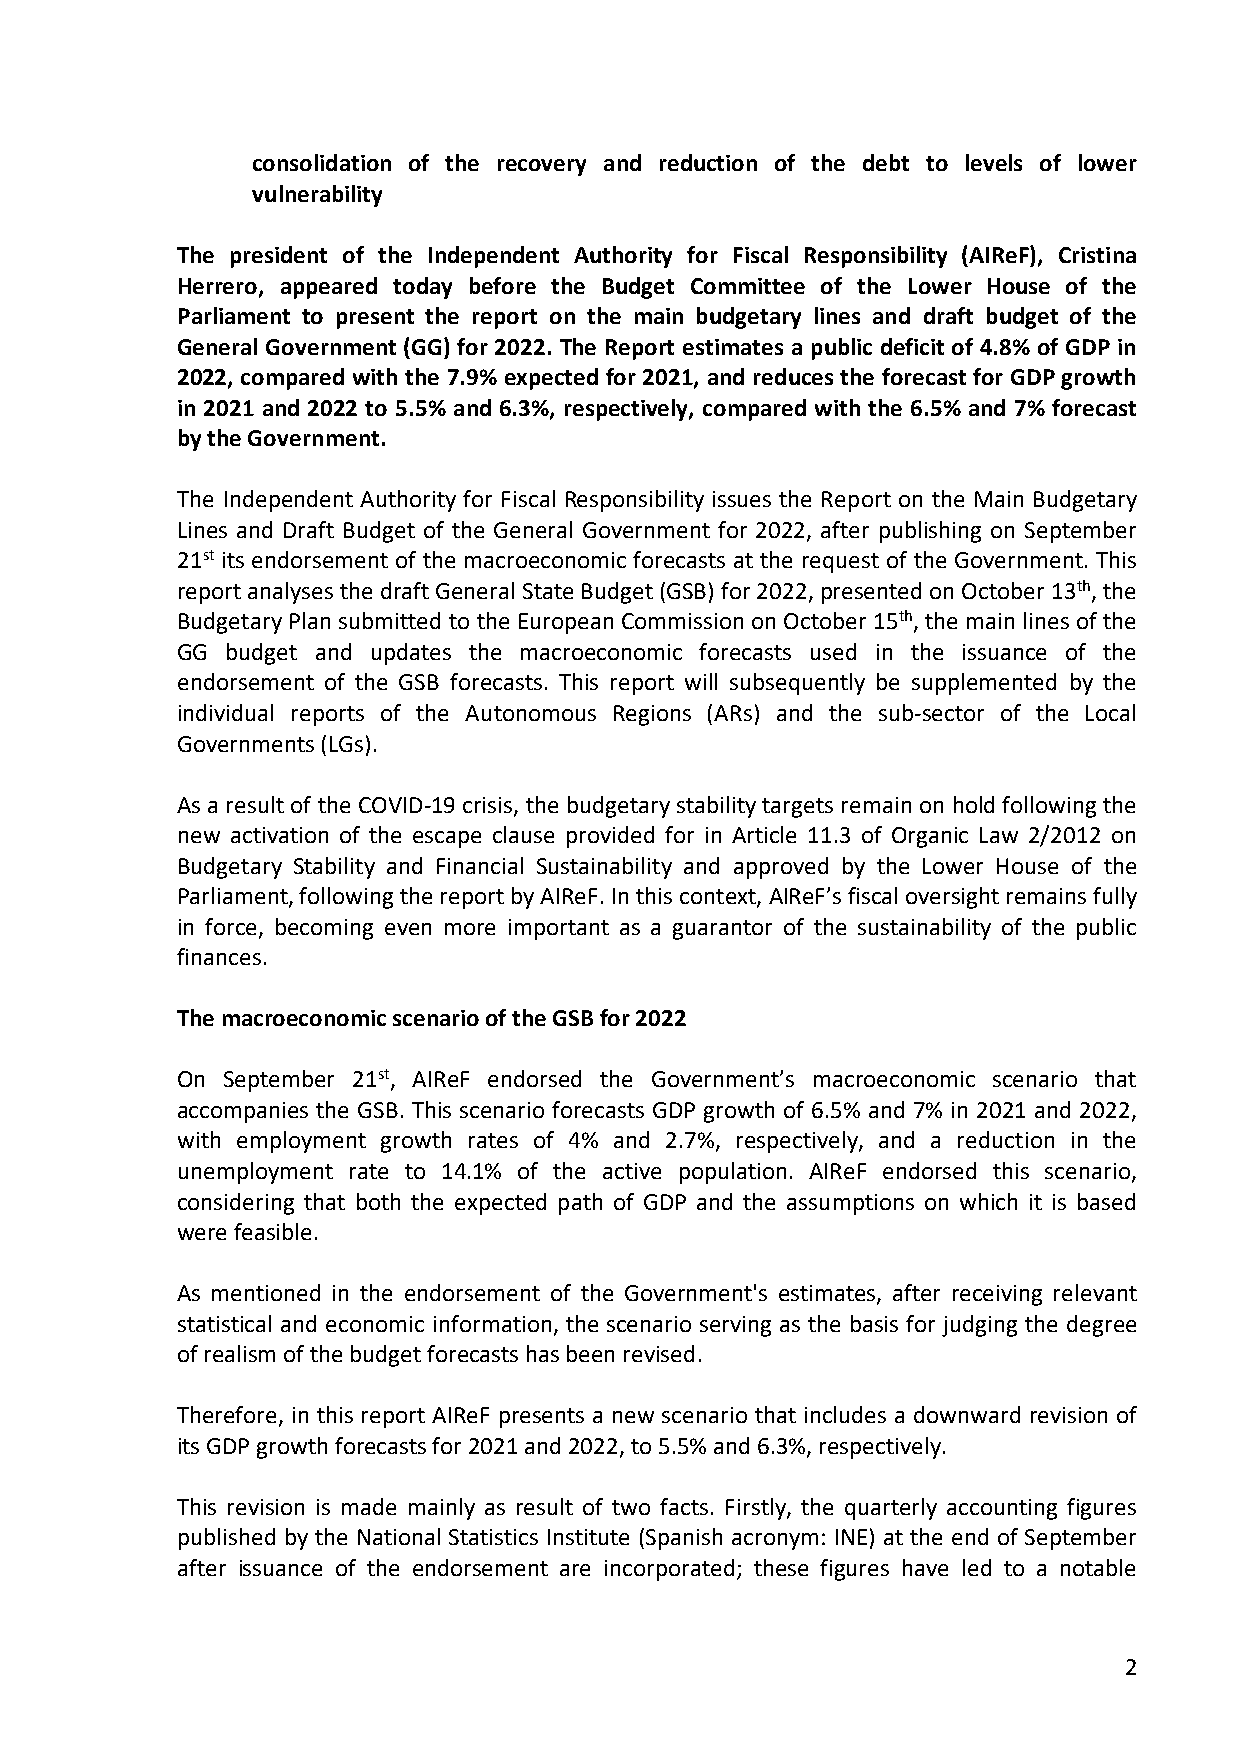
consolidation of the recovery and reduction of the debt to levels of lower
 vulnerability
 The president of the Independent Authority for Fiscal Responsibility (AIReF), Cristina
 Herrero, appeared today before the Budget Committee of the Lower House of the
 Parliament to present the report on the main budgetary lines and draft budget of the
 General Government (GG) for 2022. The Report estimates a public deficit of 4.8% of GDP in
 2022, compared with the 7.9% expected for 2021, and reduces the forecast for GDP growth
 in 2021 and 2022 to 5.5% and 6.3%, respectively, compared with the 6.5% and 7% forecast
 by the Government.
 The Independent Authority for Fiscal Responsibility issues the Report on the Main Budgetary
 Lines and Draft Budget of the General Government for 2022, after publishing on September
 21st its endorsement of the macroeconomic forecasts at the request of the Government. This
 report analyses the draft General State Budget (GSB) for 2022, presented on October 13th, the
 Budgetary Plan submitted to the European Commission on October 15th, the main lines of the
 GG budget and updates the macroeconomic forecasts used in the issuance of the
 endorsement of the GSB forecasts. This report will subsequently be supplemented by the
 individual reports of the Autonomous Regions (ARs) and the sub-sector of the Local
 Governments (LGs).
 As a result of the COVID-19 crisis, the budgetary stability targets remain on hold following the
 new activation of the escape clause provided for in Article 11.3 of Organic Law 2/2012 on
 Budgetary Stability and Financial Sustainability and approved by the Lower House of the
 Parliament, following the report by AIReF. In this context, AIReF’s fiscal oversight remains fully
 in force, becoming even more important as a guarantor of the sustainability of the public
 finances.
 The macroeconomic scenario of the GSB for 2022
 On September 21st, AIReF endorsed the Government’s macroeconomic scenario that
 accompanies the GSB. This scenario forecasts GDP growth of 6.5% and 7% in 2021 and 2022,
 with employment growth rates of 4% and 2.7%, respectively, and a reduction in the
 unemployment rate to 14.1% of the active population. AIReF endorsed this scenario,
 considering that both the expected path of GDP and the assumptions on which it is based
 were feasible.
 As mentioned in the endorsement of the Government's estimates, after receiving relevant
 statistical and economic information, the scenario serving as the basis for judging the degree
 of realism of the budget forecasts has been revised.
 Therefore, in this report AIReF presents a new scenario that includes a downward revision of
 its GDP growth forecasts for 2021 and 2022, to 5.5% and 6.3%, respectively.
 This revision is made mainly as result of two facts. Firstly, the quarterly accounting figures
 published by the National Statistics Institute (Spanish acronym: INE) at the end of September
 after issuance of the endorsement are incorporated; these figures have led to a notable
 2